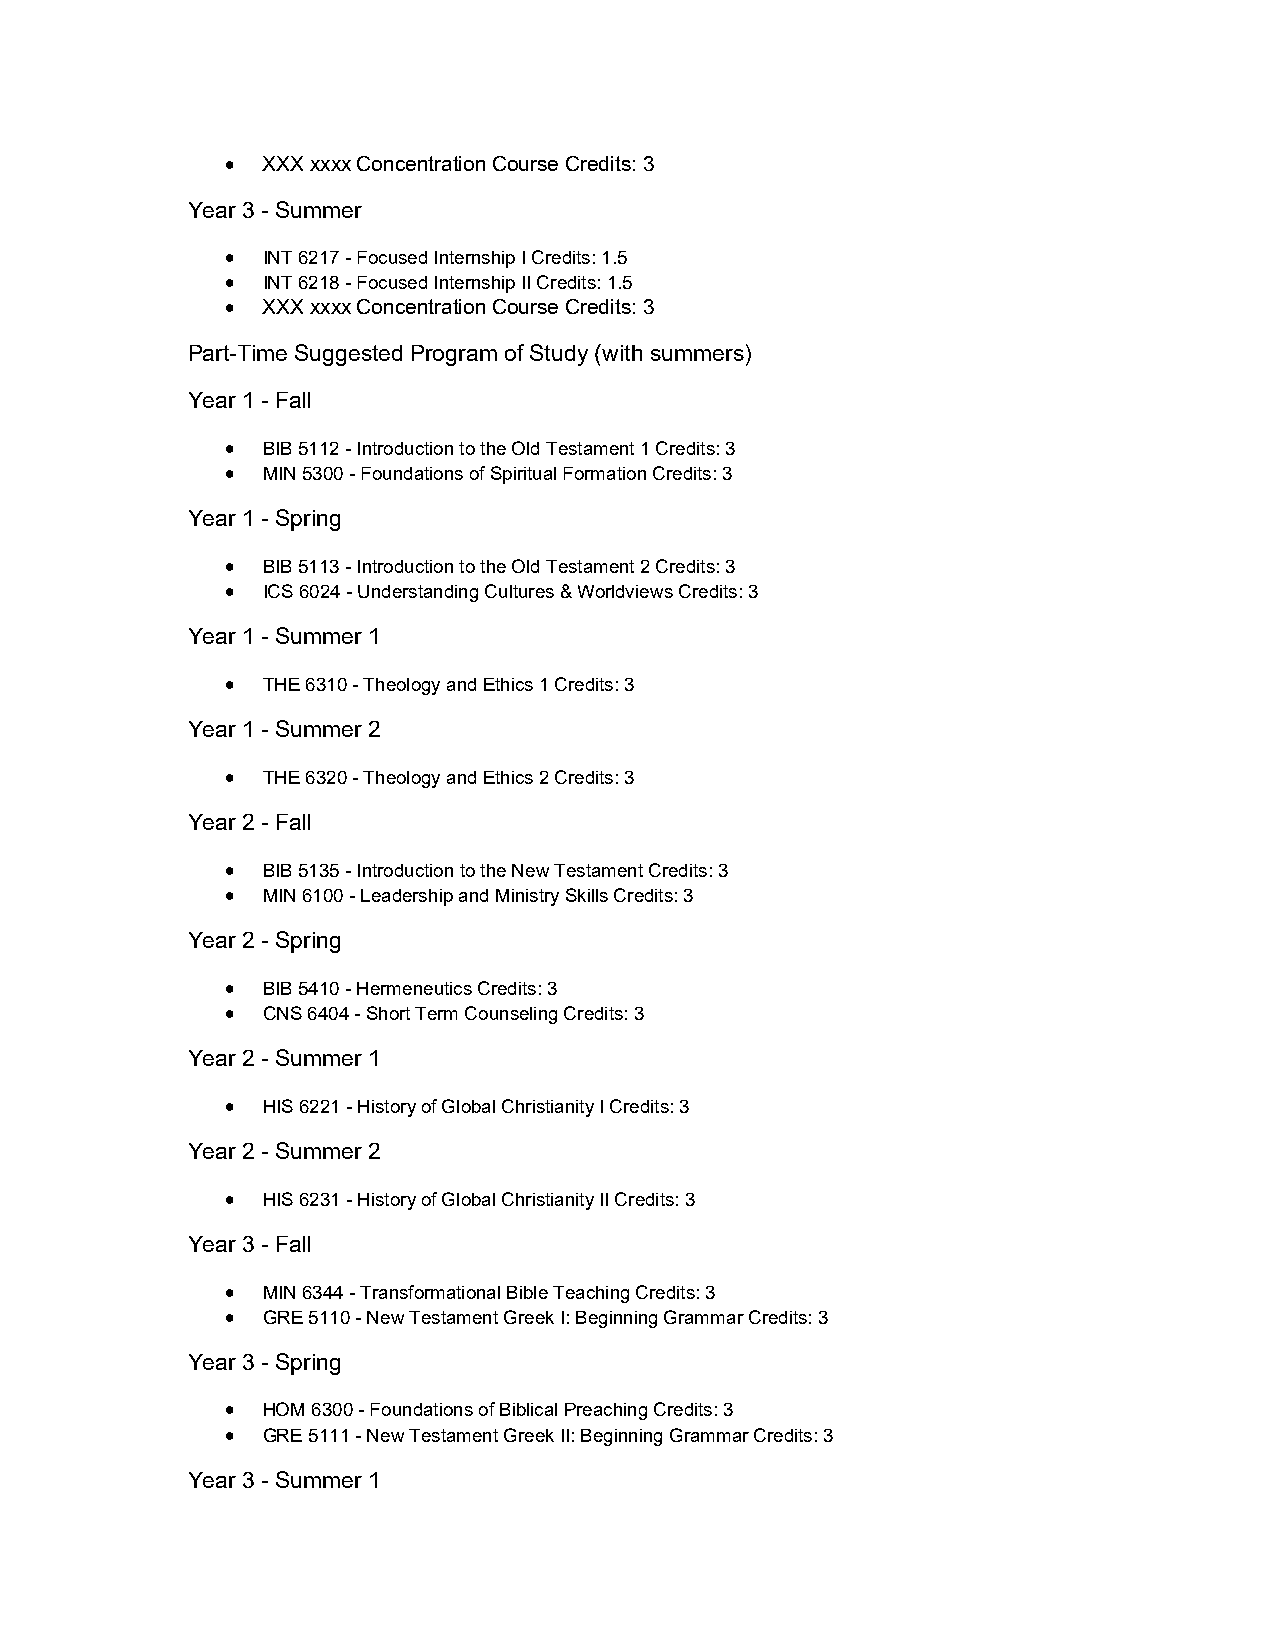
 XXX xxxx Concentration Course Credits: 3
 Year 3 - Summer
  INT 6217 - Focused Internship I Credits: 1.5
  INT 6218 - Focused Internship II Credits: 1.5
  XXX xxxx Concentration Course Credits: 3
 Part-Time Suggested Program of Study (with summers)
 Year 1 - Fall
  BIB 5112 - Introduction to the Old Testament 1 Credits: 3
  MIN 5300 - Foundations of Spiritual Formation Credits: 3
 Year 1 - Spring
  BIB 5113 - Introduction to the Old Testament 2 Credits: 3
  ICS 6024 - Understanding Cultures & Worldviews Credits: 3
 Year 1 - Summer 1
  THE 6310 - Theology and Ethics 1 Credits: 3
 Year 1 - Summer 2
  THE 6320 - Theology and Ethics 2 Credits: 3
 Year 2 - Fall
  BIB 5135 - Introduction to the New Testament Credits: 3
  MIN 6100 - Leadership and Ministry Skills Credits: 3
 Year 2 - Spring
  BIB 5410 - Hermeneutics Credits: 3
  CNS 6404 - Short Term Counseling Credits: 3
 Year 2 - Summer 1
  HIS 6221 - History of Global Christianity I Credits: 3
 Year 2 - Summer 2
  HIS 6231 - History of Global Christianity II Credits: 3
 Year 3 - Fall
  MIN 6344 - Transformational Bible Teaching Credits: 3
  GRE 5110 - New Testament Greek I: Beginning Grammar Credits: 3
 Year 3 - Spring
  HOM 6300 - Foundations of Biblical Preaching Credits: 3
  GRE 5111 - New Testament Greek II: Beginning Grammar Credits: 3
 Year 3 - Summer 1